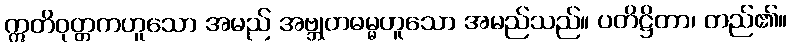
ဣတိဝုတ္တကဟူသော အမည် အဗ္ဘုတဓမ္မဟူသော အမည်သည်။ ပတိဋ္ဌိတာ၊ တည်၏။